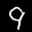
Label: 9